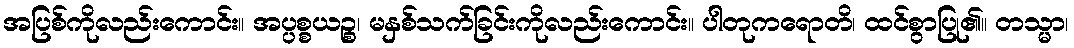
အပြစ်ကိုလည်းကောင်း။ အပ္ပစ္စယဉ္စ၊ မနှစ်သက်ခြင်းကိုလည်းကောင်း။ ပါတုကရောတိ၊ ထင်စွာပြု၏။ တသ္မာ၊